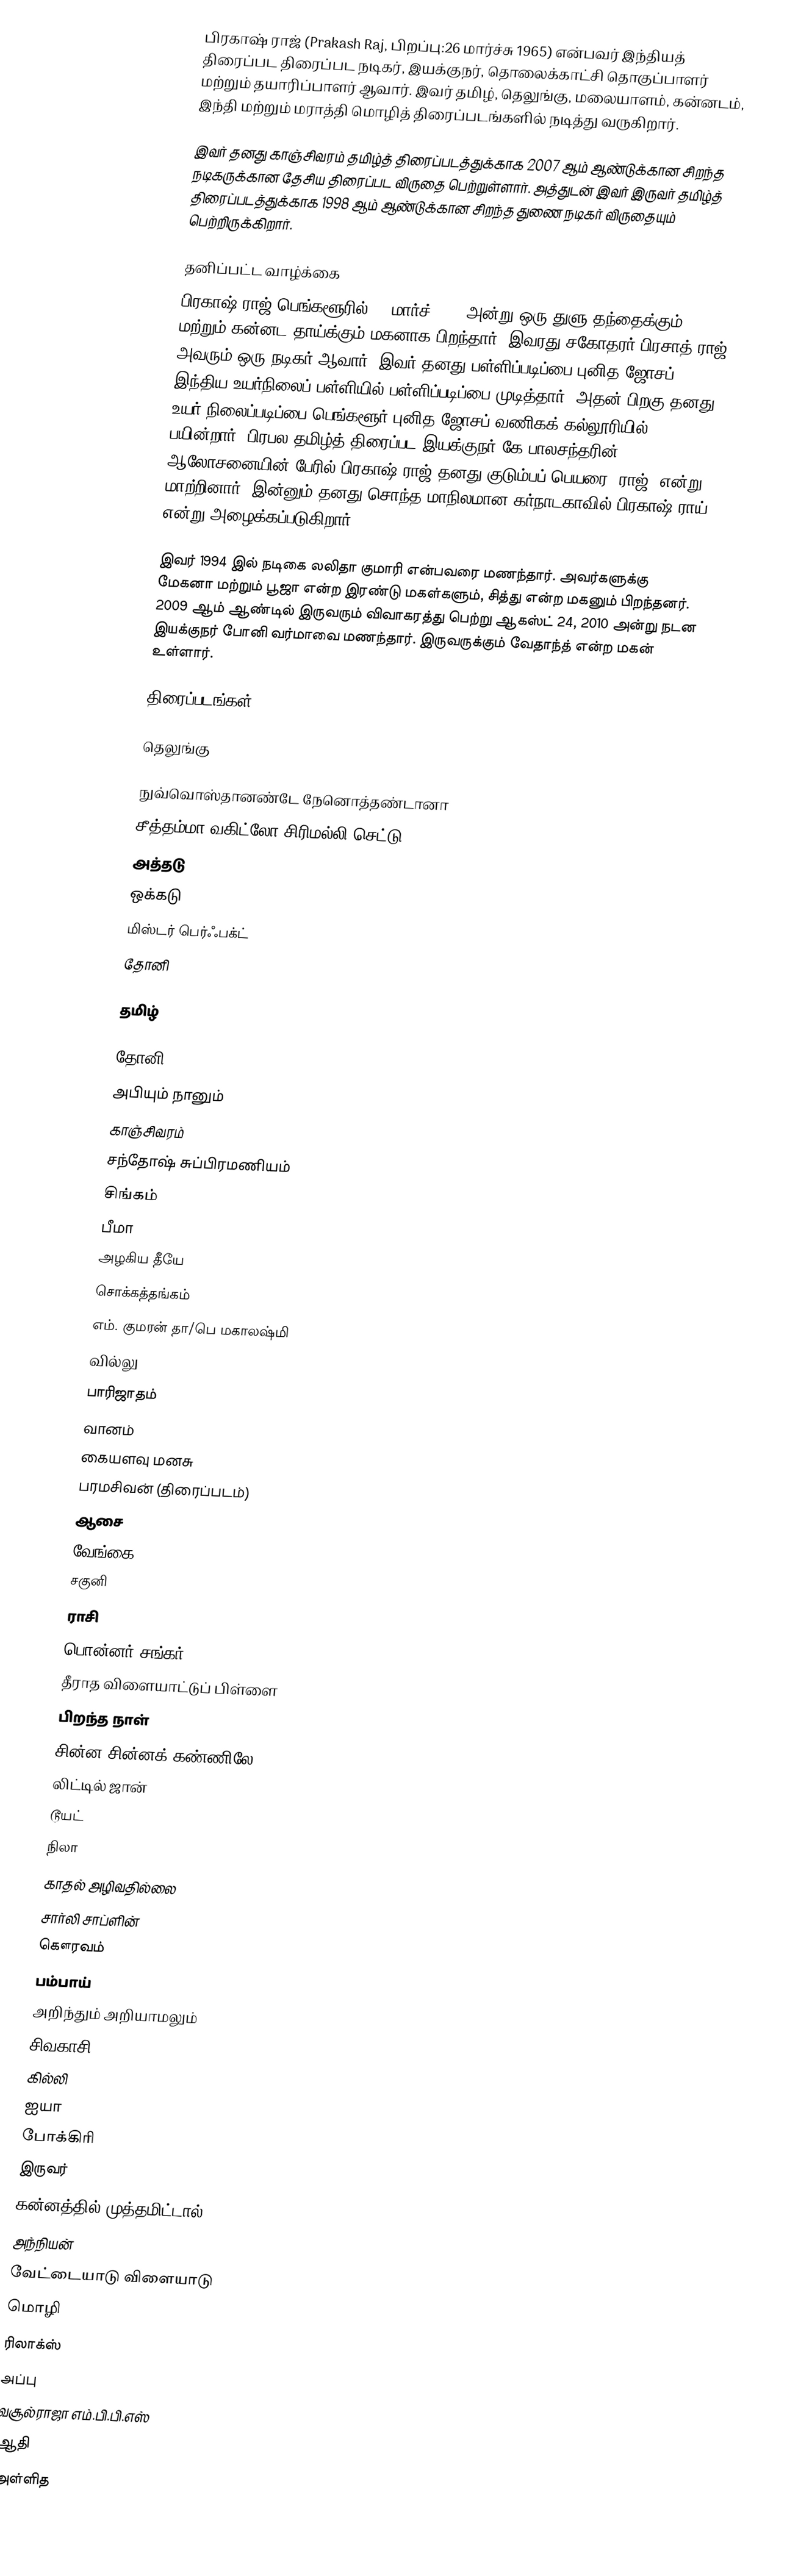
பிரகாஷ் ராஜ் (Prakash Raj, பிறப்பு:26 மார்ச்சு 1965) என்பவர் இந்தியத் திரைப்பட திரைப்பட நடிகர், இயக்குநர், தொலைக்காட்சி தொகுப்பாளர் மற்றும் தயாரிப்பாளர் ஆவார். இவர் தமிழ், தெலுங்கு, மலையாளம், கன்னடம், இந்தி மற்றும் மராத்தி மொழித் திரைப்படங்களில் நடித்து வருகிறார்.

இவர் தனது காஞ்சிவரம் தமிழ்த் திரைப்படத்துக்காக 2007 ஆம் ஆண்டுக்கான சிறந்த நடிகருக்கான தேசிய திரைப்பட விருதை பெற்றுள்ளார். அத்துடன் இவர் இருவர் தமிழ்த் திரைப்படத்துக்காக 1998 ஆம் ஆண்டுக்கான சிறந்த துணை நடிகர் விருதையும் பெற்றிருக்கிறார்.

தனிப்பட்ட வாழ்க்கை
பிரகாஷ் ராஜ் பெங்களூரில் 26 மார்ச் 1965 அன்று ஒரு துளு தந்தைக்கும்  மற்றும் கன்னட தாய்க்கும் மகனாக பிறந்தார். இவரது சகோதரர் பிரசாத் ராஜ் அவரும் ஒரு நடிகர் ஆவார். இவர் தனது பள்ளிப்படிப்பை புனித ஜோசப் இந்திய உயர்நிலைப் பள்ளியில் பள்ளிப்படிப்பை முடித்தார். அதன் பிறகு தனது உயர் நிலைப்படிப்பை பெங்களூர் புனித ஜோசப் வணிகக் கல்லூரியில் பயின்றார். பிரபல தமிழ்த் திரைப்பட இயக்குநர் கே.பாலசந்தரின் ஆலோசனையின் பேரில் பிரகாஷ் ராஜ் தனது குடும்பப் பெயரை 'ராஜ்' என்று மாற்றினார். இன்னும் தனது சொந்த மாநிலமான கர்நாடகாவில் பிரகாஷ் ராய் என்று அழைக்கப்படுகிறார்.

இவர் 1994 இல் நடிகை லலிதா குமாரி என்பவரை மணந்தார்.  அவர்களுக்கு மேகனா மற்றும் பூஜா என்ற இரண்டு மகள்களும், சித்து என்ற மகனும் பிறந்தனர். 2009 ஆம் ஆண்டில் இருவரும் விவாகரத்து பெற்று ஆகஸ்ட் 24, 2010 அன்று நடன இயக்குநர் போனி வர்மாவை மணந்தார். இருவருக்கும் வேதாந்த் என்ற மகன் உள்ளார்.

திரைப்படங்கள்

தெலுங்கு

நுவ்வொஸ்தானண்டே நேனொத்தண்டானா
சீத்தம்மா வகிட்லோ சிரிமல்லி செட்டு
அத்தடு
ஒக்கடு
மிஸ்டர் பெர்ஃபக்ட்
தோனி

தமிழ்

தோனி
அபியும் நானும்
காஞ்சிவரம்
சந்தோஷ் சுப்பிரமணியம்
சிங்கம்
பீமா
அழகிய தீயே
சொக்கத்தங்கம்
எம். குமரன் தா/பெ மகாலஷ்மி
வில்லு
பாரிஜாதம்
வானம்
கையளவு மனசு
பரமசிவன் (திரைப்படம்)
ஆசை
வேங்கை
சகுனி
ராசி
பொன்னர் சங்கர்
தீராத விளையாட்டுப் பிள்ளை
பிறந்த நாள்
சின்ன சின்னக் கண்ணிலே
லிட்டில் ஜான்
டூயட்
நிலா
காதல் அழிவதில்லை
சார்லி சாப்ளின்
கௌரவம்
பம்பாய்
அறிந்தும் அறியாமலும்
சிவகாசி
கில்லி
ஐயா
போக்கிரி
இருவர்
கன்னத்தில் முத்தமிட்டால்
அந்நியன்
வேட்டையாடு விளையாடு
மொழி
ரிலாக்ஸ்
அப்பு
வசூல்ராஜா எம்.பி.பி.எஸ்
ஆதி
அள்ளித